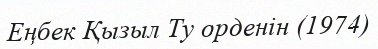
Еңбек Қызыл Ту орденін (1974)